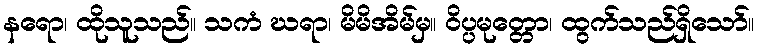
နရော၊ ထိုသူသည်။ သကံ ဃရာ၊ မိမိအိမ်မှ။ ဝိပ္ပမုတ္တော၊ ထွက်သည်ရှိသော်။